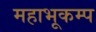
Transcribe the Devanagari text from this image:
महाभूकम्प